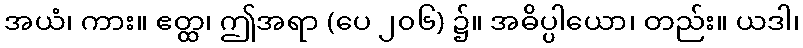
အယံ၊ ကား။ ဧတ္ထ၊ ဤအရာ (ပေ ၂၀၆) ၌။ အဓိပ္ပါယော၊ တည်း။ ယဒါ၊